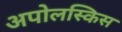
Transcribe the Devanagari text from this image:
अपोलस्किस